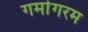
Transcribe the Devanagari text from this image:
गर्मागरम